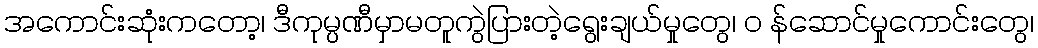
အကောင်းဆုံးကတော့၊ ဒီကုမ္ပဏီမှာမတူကွဲပြားတဲ့ရွေးချယ်မှုတွေ၊ ၀ န်ဆောင်မှုကောင်းတွေ၊